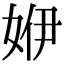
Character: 𡜬